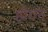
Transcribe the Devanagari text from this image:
हाॅगन